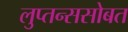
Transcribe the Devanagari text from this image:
लुप्तन्ससोबत